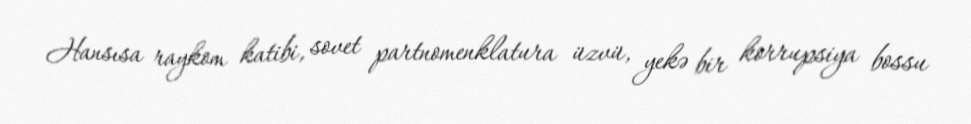
Hansısa raykom katibi, sovet partnomenklatura üzvü, yekə bir korrupsiya bossu